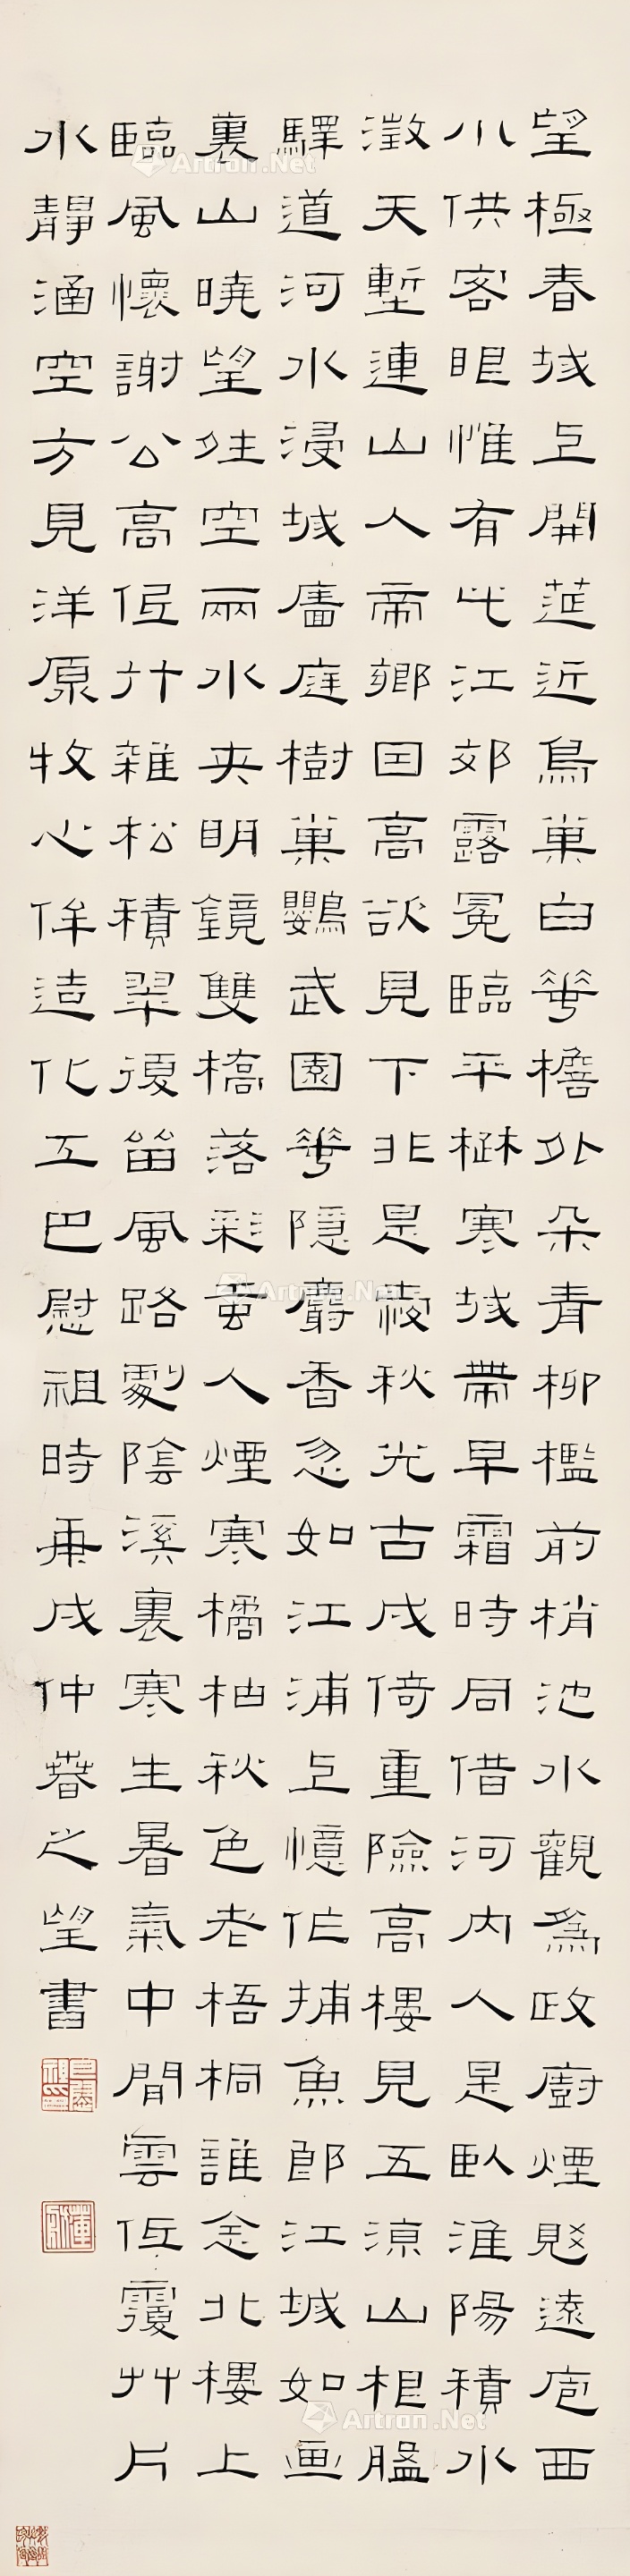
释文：望极春城上，开莚近乌巢。白花檐外朵，青柳槛前梢。池水观为政，厨烟觉远庖。西川供客眼，惟有此江郊。露冕临平梳，寒城带早霜。时同借河内，人是卧淮阳。积水澂天堑，连山人帝乡。因高欲见下，非是爱秋光。古戍倚重险，高楼见五凉。山根盘驿道，河水没城墙。庭树巢鹦鹉，园花隐麝香。忽如江浦上，忆作捕鱼郎。江城如画里，山晓望晴空。两水夹明镜，双桥落彩虹。人烟寒橘柚，秋色老梧桐。谁念北楼上，临风怀谢公。高低竹杂松，积翠复留风。路剧阴溪里，寒生暑气中。闲云低覆草，片水静涵空。方见洋原牧，心侔造化工。巴慰祖时庚戌仲春之望。